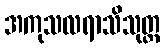
အကုသလရာသိသုတ္တ